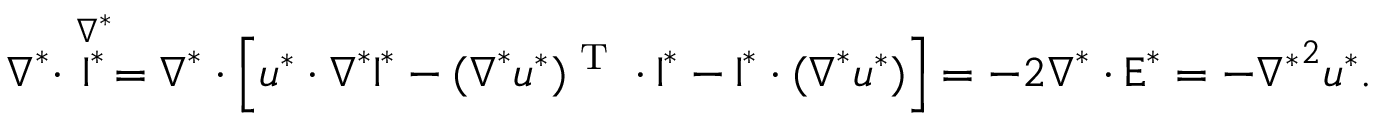
\boldsymbol { \nabla } ^ { * } \boldsymbol { \cdot } \stackrel { \nabla ^ { * } } { \boldsymbol { \mathrm { I } } ^ { * } } = \boldsymbol { \nabla } ^ { * } \boldsymbol { \cdot } \left[ \boldsymbol { u } ^ { * } \boldsymbol { \cdot } \boldsymbol { \nabla } ^ { * } \boldsymbol { \mathrm { I } } ^ { * } - ( \boldsymbol { \nabla } ^ { * } \boldsymbol { u } ^ { * } ) ^ { \textrm { T } } \boldsymbol { \cdot } \boldsymbol { \mathrm { I } } ^ { * } - \boldsymbol { \mathrm { I } } ^ { * } \boldsymbol { \cdot } ( \boldsymbol { \nabla } ^ { * } \boldsymbol { u } ^ { * } ) \right] = - 2 \boldsymbol { \nabla } ^ { * } \boldsymbol { \cdot } \boldsymbol { \mathrm { E } } ^ { * } = - { \nabla ^ { * } } ^ { 2 } \boldsymbol { u } ^ { * } .